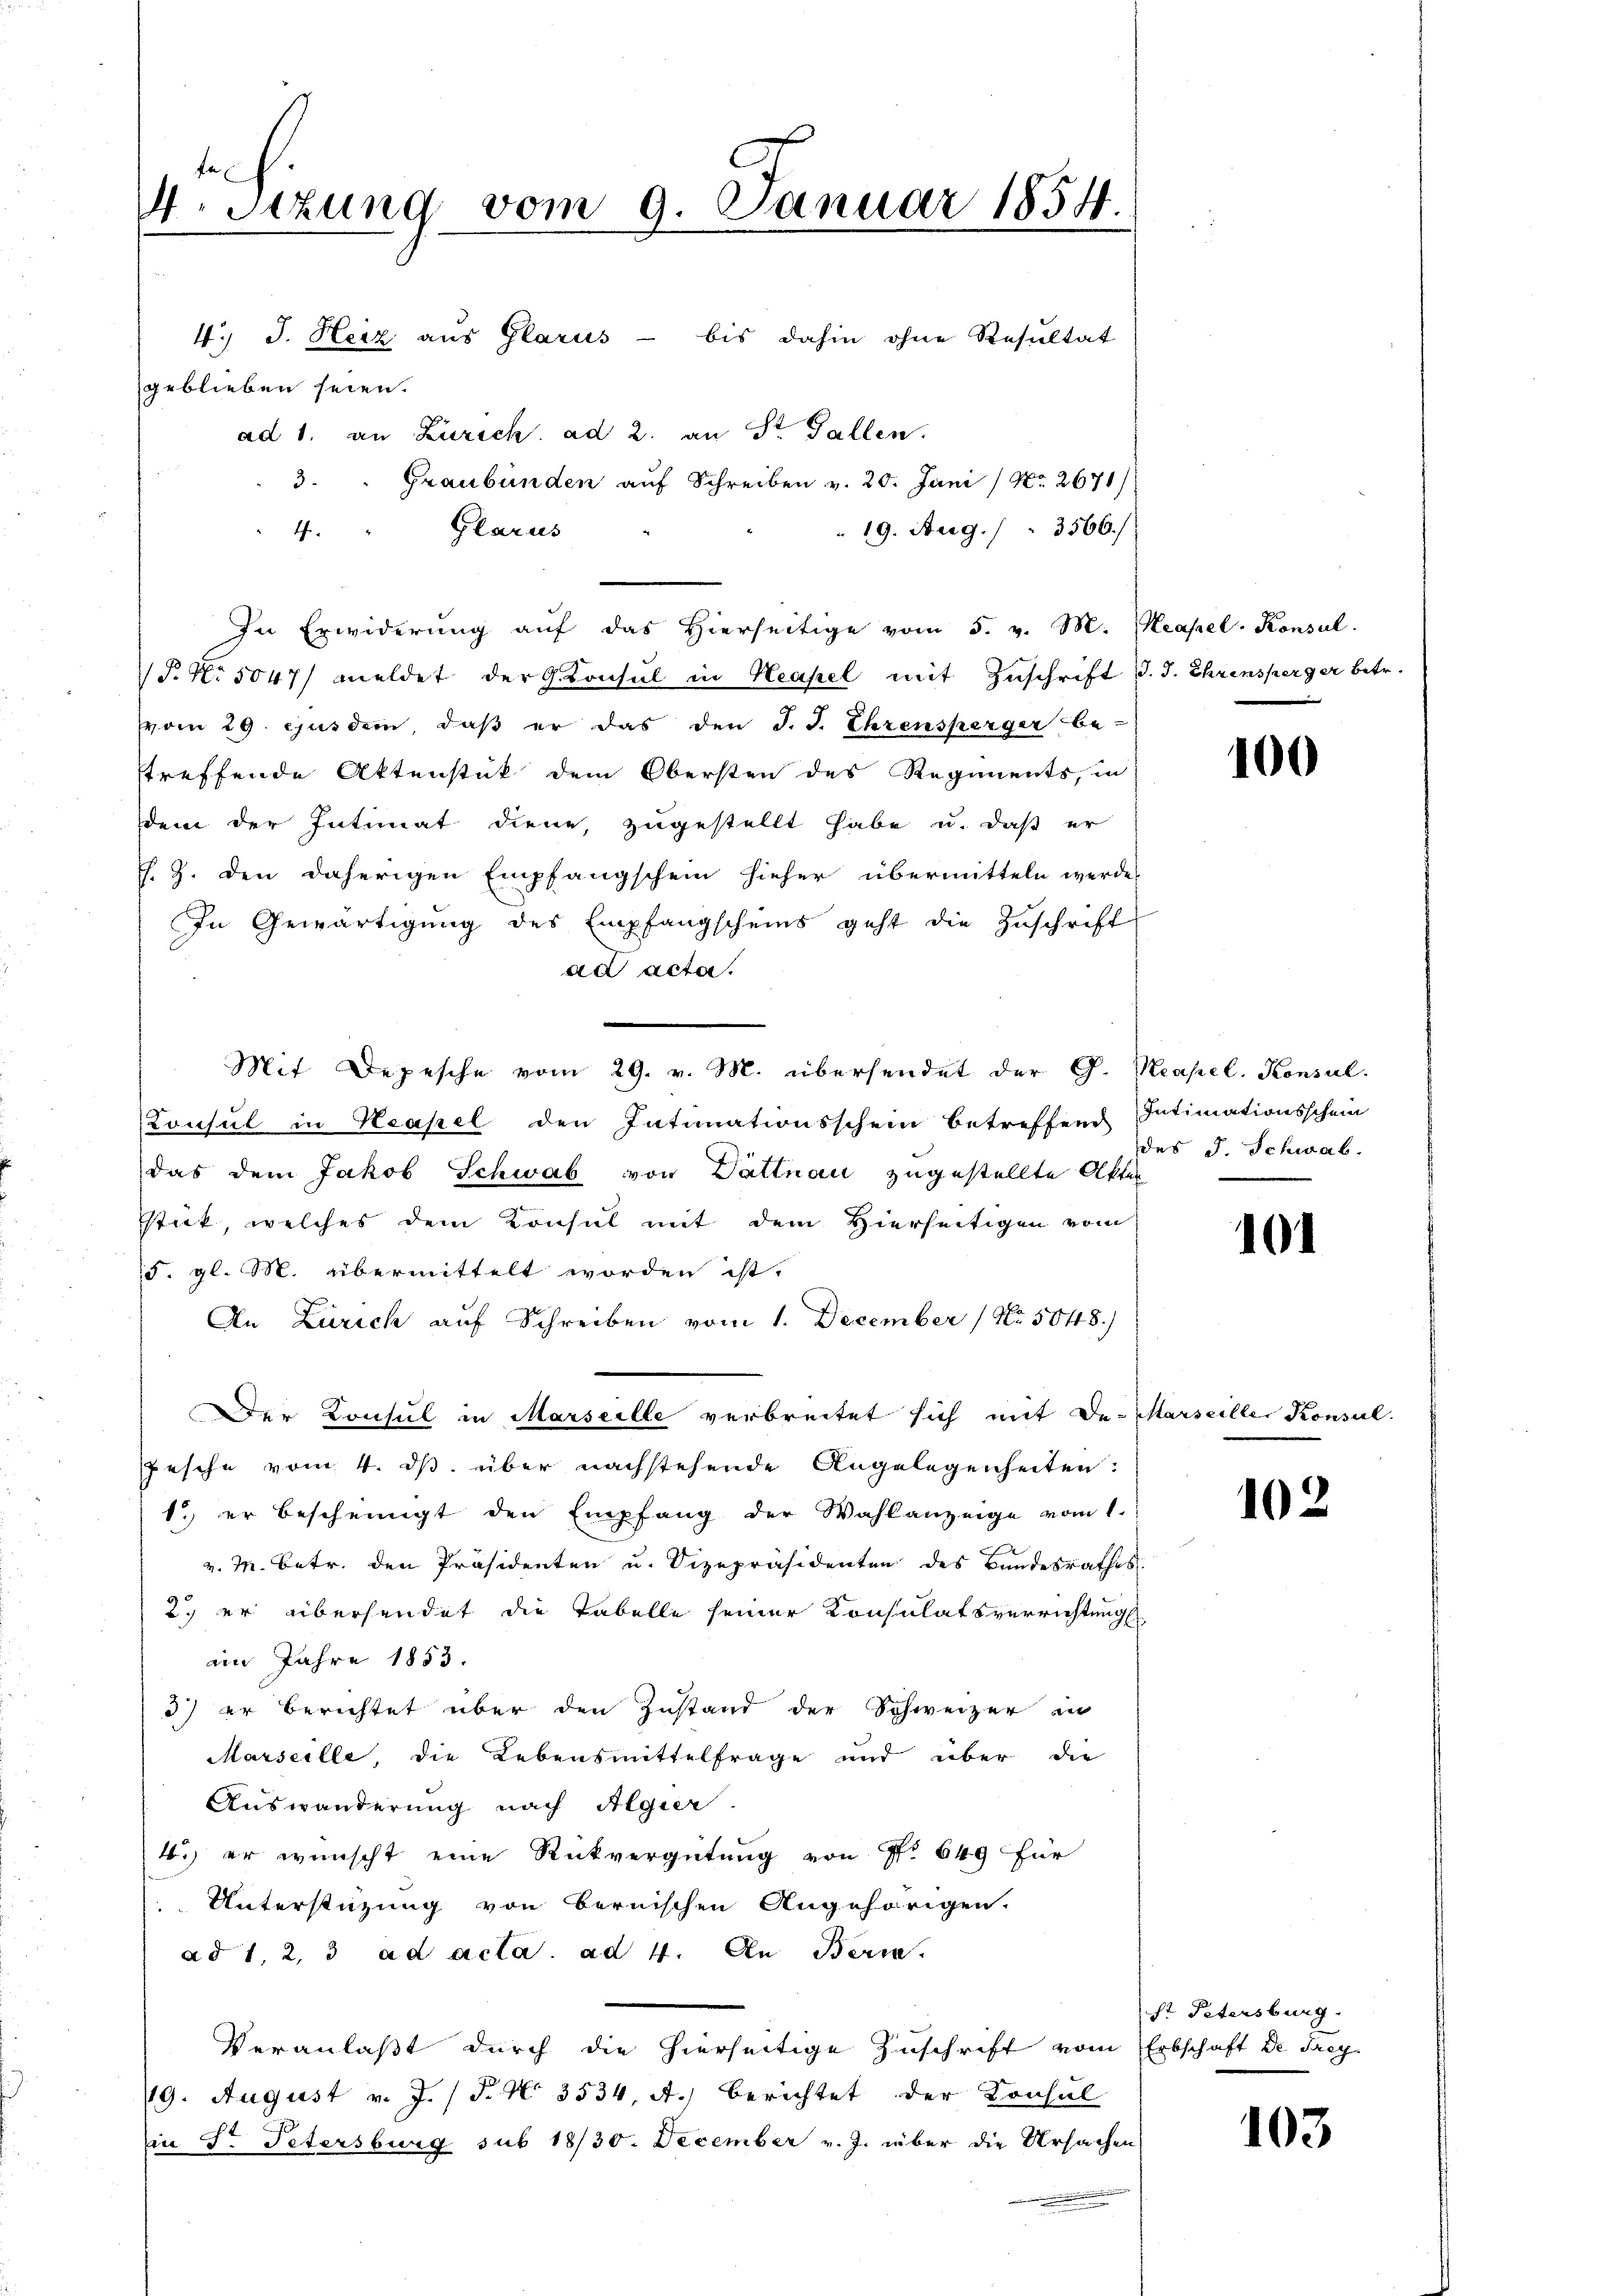
fa
4. Sitzung vom 9. Januar 1854.
u

4.) J. Herz aus Glarus - bis dahin ohne Resultat
geblieben seien.
4. " Glarus
P. Nr. 5047/ meldet der G. Consul in Neapel mit Zuschrift d. J. Ehrensperger betr.
vom 29. ejusdem, daβ er das den J. J. Ehrensperger be-
treffende Aktenstück dem Obersten des Regiments, in
dem der Intimat diene, zugestellt habe u. daß er
J. Z. den daherigen Empfangschein hieher übermitteln werde,
In Gewärtigung des Empfangscheins geht die Zuschrift
ad acta.
Mit Depesche vom 29. v. M. übersendet der G. Neapel. Konsul-
Konsul in Neapel den Intimationsschein betreffend Intimationsschein
das dem Jakob Schwab von Dättnau zugestellte Akten
stick, welches dem Konsul mit dem Hierseitigen vom
15. gl. M. übermittelt worden ist.
An Zürich auf Schreiben vom 1. December No. 5048.)
Der Konsul in Marseille verbreitet sich mit der Marseille Konsul
pesche vom 4. ds. über nachstehende Angelegenheiten:
1. er bescheinigt den Empfang der Wahlanzeige vom 1.
v. M. Betr. den Präsidenten u. Vizepräsidenten des Bundesrathes.
2. er übersendet die Tabelle seiner Konsulatsverrichtung
im Jahre 1853.
3) er berichtet über den Zustand der Schweizer in
Marseille, die Lebensmittelfrage und über die
Auswanderung nach Algier
4. er wünscht eine Rückvergütung von No 649 für
Unterstüzung von Bernischen Angehörigen.
ad 1, 2, 3 ad acta ad 4. An Beri
Veranlaßt durch die hierseitige Zuschrift vom Erbschaft de Frey-
19. August v. J. (T. No. 3534, A.) berichtet der Konsul
in S. Petersburg sub 1830. December v. J. über die Ursachen

ad 1. an Zürich ad 2. an St. Gallen.
3. " Graubünden auf Schreiben v. 20. Juni / No. 2671/

In Erwiderŭng aŭf das hierseitige vom 5. v. M. Neapel. Konsul

19. Aug. / 3566.

100

des J. Schwab.

101

102

st Petersburg.

103